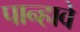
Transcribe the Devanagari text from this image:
पान्हावे